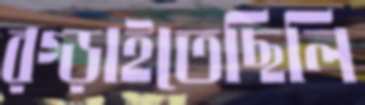
রগ্‌ড়াইতেছিলি